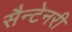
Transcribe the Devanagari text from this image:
सैन्टेनरी